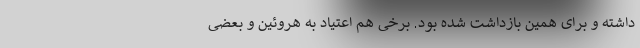
داشته و برای همین بازداشت شده بود. برخی هم اعتیاد به هروئین و بعضی